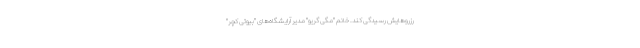
رزروهایش رسیدگی کند. خانم "مگی گریو" مدیر آرایشگاه‌های "بیوتی کچر"